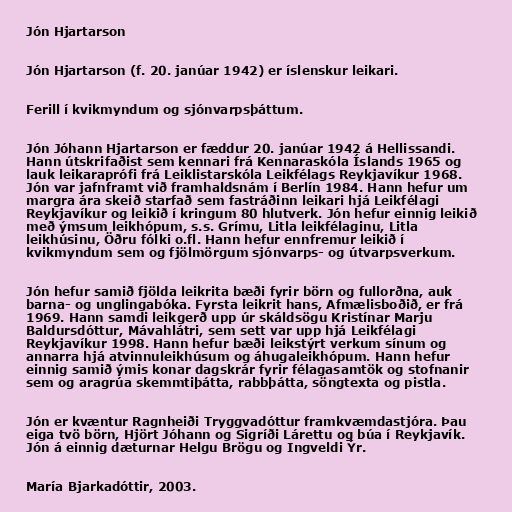
Jón Hjartarson

Jón Hjartarson (f. 20. janúar 1942) er íslenskur leikari.

Ferill í kvikmyndum og sjónvarpsþáttum.

Jón Jóhann Hjartarson er fæddur 20. janúar 1942 á Hellissandi.
Hann útskrifaðist sem kennari frá Kennaraskóla Íslands 1965 og
lauk leikaraprófi frá Leiklistarskóla Leikfélags Reykjavíkur 1968.
Jón var jafnframt við framhaldsnám í Berlín 1984. Hann hefur um
margra ára skeið starfað sem fastráðinn leikari hjá Leikfélagi
Reykjavíkur og leikið í kringum 80 hlutverk. Jón hefur einnig leikið
með ýmsum leikhópum, s.s. Grímu, Litla leikfélaginu, Litla
leikhúsinu, Öðru fólki o.fl. Hann hefur ennfremur leikið í
kvikmyndum sem og fjölmörgum sjónvarps- og útvarpsverkum.

Jón hefur samið fjölda leikrita bæði fyrir börn og fullorðna, auk
barna- og unglingabóka. Fyrsta leikrit hans, Afmælisboðið, er frá
1969. Hann samdi leikgerð upp úr skáldsögu Kristínar Marju
Baldursdóttur, Mávahlátri, sem sett var upp hjá Leikfélagi
Reykjavíkur 1998. Hann hefur bæði leikstýrt verkum sínum og
annarra hjá atvinnuleikhúsum og áhugaleikhópum. Hann hefur
einnig samið ýmis konar dagskrár fyrir félagasamtök og stofnanir
sem og aragrúa skemmtiþátta, rabbþátta, söngtexta og pistla.

Jón er kvæntur Ragnheiði Tryggvadóttur framkvæmdastjóra. Þau
eiga tvö börn, Hjört Jóhann og Sigríði Lárettu og búa í Reykjavík.
Jón á einnig dæturnar Helgu Brögu og Ingveldi Ýr.

María Bjarkadóttir, 2003.